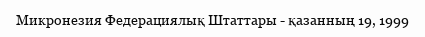
Микронезия Федерациялық Штаттары - қазанның 19, 1999